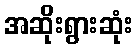
အဆိုးရွားဆုံး